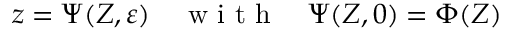
{ \boldsymbol { z } } = \boldsymbol { \Psi } ( \boldsymbol { Z } , \varepsilon ) \quad \mathrm { ~ w ~ i ~ t ~ h ~ } \quad \boldsymbol { \Psi } ( \boldsymbol { Z } , 0 ) = \boldsymbol { \Phi } ( \boldsymbol { Z } )